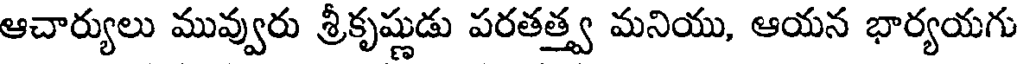
ఆచార్యులు మువ్వురు శ్రీకృష్ణుడు పరతత్త్వ మనియు, ఆయన భార్యయగు